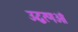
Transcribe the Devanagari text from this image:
उद्धरणओं